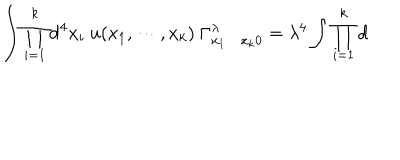
\int \prod _ { i = 1 } ^ { k } \mathrm { d } ^ { 4 } x _ { i } ~ u ( x _ { 1 } , \cdots , x _ { k } ) ~ \Gamma _ { x _ { 1 } \cdots x _ { k } 0 } ^ { \lambda } = \lambda ^ { 4 } \int \prod _ { i = 1 } ^ { k } \mathrm { d }